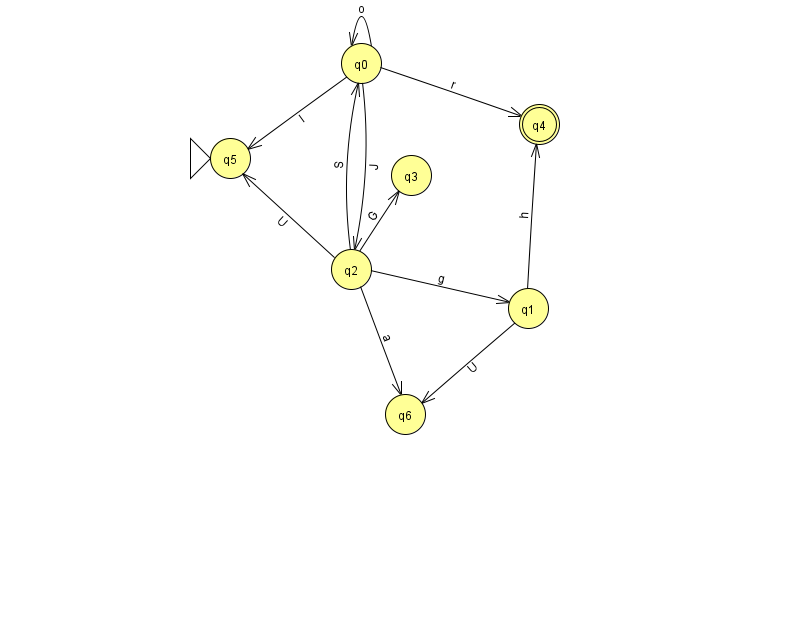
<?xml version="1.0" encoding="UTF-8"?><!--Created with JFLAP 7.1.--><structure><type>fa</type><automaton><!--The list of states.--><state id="0" name="q0"><x>361.0</x><y>50.0</y></state><state id="1" name="q1"><x>528.0</x><y>295.0</y></state><state id="2" name="q2"><x>351.0</x><y>256.0</y></state><state id="3" name="q3"><x>411.0</x><y>162.0</y></state><state id="4" name="q4"><x>539.0</x><y>111.0</y><final/></state><state id="5" name="q5"><x>230.0</x><y>145.0</y><initial/></state><state id="6" name="q6"><x>405.0</x><y>401.0</y></state><!--The list of transitions.--><transition><from>0</from><to>2</to><read>J</read></transition><transition><from>2</from><to>1</to><read>g</read></transition><transition><from>1</from><to>4</to><read>h</read></transition><transition><from>2</from><to>3</to><read>G</read></transition><transition><from>0</from><to>4</to><read>r</read></transition><transition><from>2</from><to>0</to><read>S</read></transition><transition><from>2</from><to>5</to><read>U</read></transition><transition><from>1</from><to>6</to><read>U</read></transition><transition><from>0</from><to>0</to><read>o</read></transition><transition><from>0</from><to>5</to><read>l</read></transition><transition><from>2</from><to>6</to><read>a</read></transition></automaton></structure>